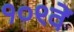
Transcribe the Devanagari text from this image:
१०९वें